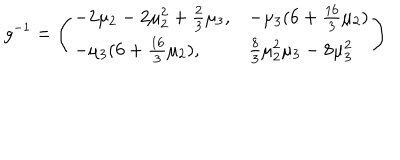
LaTeX: g ^ { - 1 } = \left( \begin{array} { l l } { { - 2 \mu _ { 2 } - 2 \mu _ { 2 } ^ { 2 } + \frac 2 3 \mu _ { 3 } , } } & { { - \mu _ { 3 } ( 6 + \frac { 1 6 } { 3 } \mu _ { 2 } ) } } \\ { { - \mu _ { 3 } ( 6 + \frac { 1 6 } { 3 } \mu _ { 2 } ) , } } & { { \frac 8 3 \mu _ { 2 } ^ { 2 } \mu _ { 3 } - 8 \mu _ { 3 } ^ { 2 } } } \\ \end{array} \right)